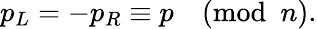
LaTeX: p_{L}=-p_{R}\equiv p\quad(\mathrm{mod}\, \, \, n).